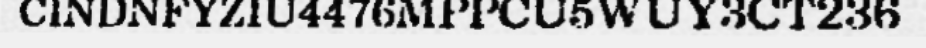
CINDNFYZIU4476MPPCU5WUY3CT236